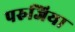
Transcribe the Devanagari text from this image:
परुजिया